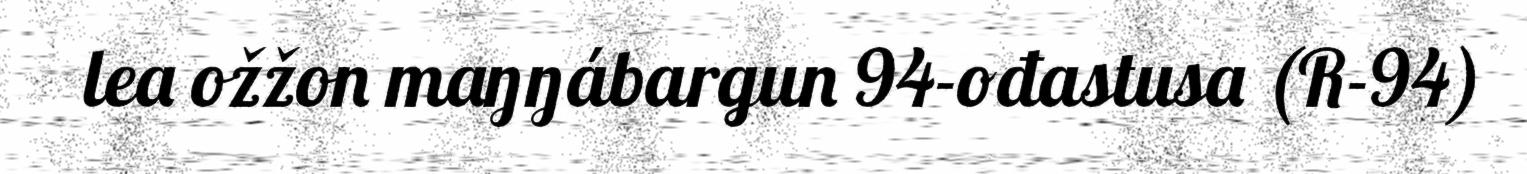
lea ožžon maŋŋábargun 94-ođastusa (R-94)